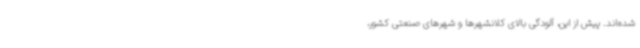
شده‌اند. پیش از این، آلودگی بالای کلانشهرها و شهرهای صنعتی کشور،